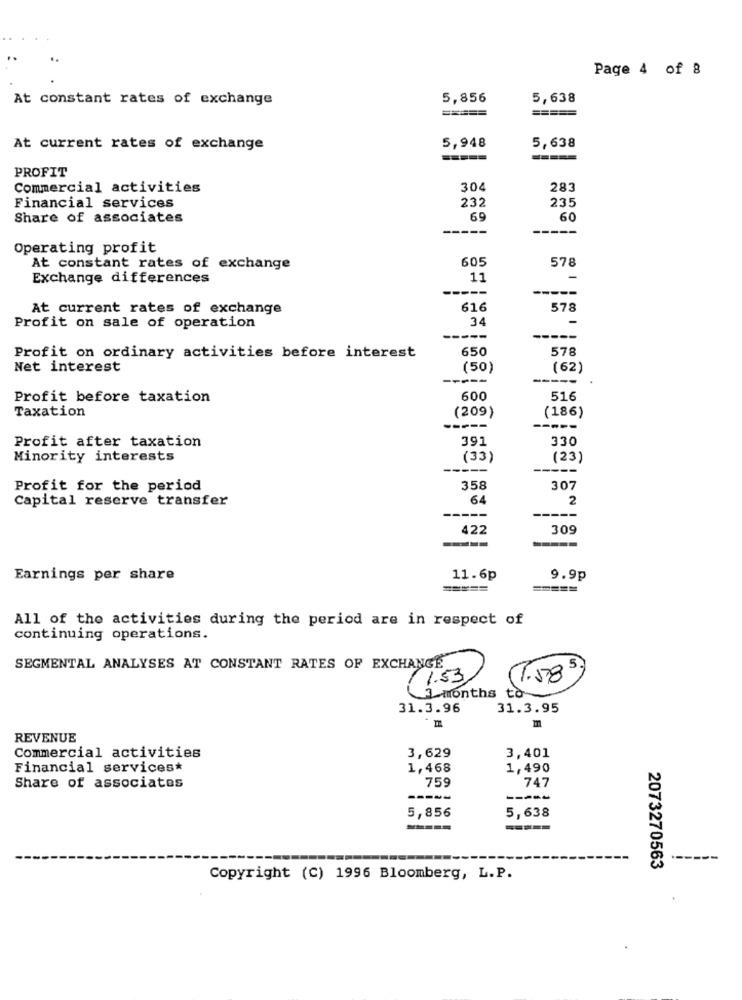
Page 4 of 8
At constant rates of exchange
5,856
5,638
=====
=====
At current rates of exchange
5,948
5,638
=====
=====
PROFIT
Commercial activities
304
283
232
235
Financial services
Share of associates
69
60
-----
Operating profit
605
578
At constant rates of exchange
Exchange differences
11
-
-----
At current rates of exchange
616
578
Profit on sale of operation
34
-
-----
650
578
Profit on ordinary activities before interest
Net interest
(50)
(62)
-----
-----
Profit before taxation
600
516
Taxation
(209)
(186)
Profit after taxation
391
330
Minority interests
(33)
(23)
-----
Profit for the period
358
307
Capital reserve transfer
64
2
---
422
309
Earnings per share
11.6p
9.9p
=====
=====
All of the activities during the period are in respect of
continuing operations.
SEGMENTAL ANALYSES AT CONSTANT RATES OF EXCHANGE
,5
1.53
1.58
3 months to
31.3.96
31.3.95
m
REVENUE
Commercial activities
3,629
3,401
Financial services*
1,468
1,490
759
747
Share of associates
-----
-----
5,856
5,638
---
2073270563
Copyright (C) 1996 Bloomberg, L.P.